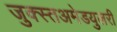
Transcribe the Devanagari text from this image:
जुक्स्तअमेडयुलरी